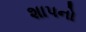
શાપનો